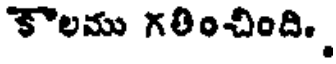
కౌలము గరించింది..